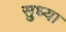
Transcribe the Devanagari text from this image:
सुध्या